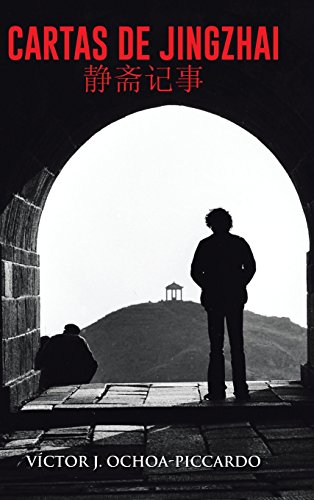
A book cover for Cartas de Jingzhai (): Reminiscencias estudiantiles en China 1976-1981 (Spanish Edition); VÃ­ctor J. Ochoa-Piccardo; Biographies & Memoirs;